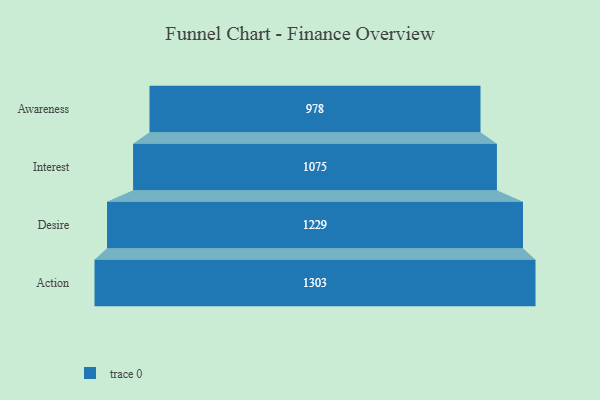
{"axis": {"x": "Stage", "y": "Value"}, "legend": [""], "data": [{"x": "Awareness", "y": 978.0, "type": ""}, {"x": "Interest", "y": 1075.0, "type": ""}, {"x": "Desire", "y": 1229.0, "type": ""}, {"x": "Action", "y": 1303.0, "type": ""}]}